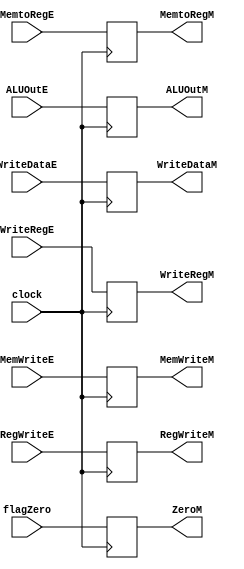
module EX_MEM(
    input wire clock,

    input wire RegWriteE,
    input wire MemtoRegE,
    input wire MemWriteE,
    input wire flagZero,
    input wire [31:0] ALUOutE,
    input wire [31:0] WriteDataE,
    input wire [4:0] WriteRegE,

    output reg RegWriteM,
    output reg MemtoRegM,
    output reg MemWriteM,
    output reg ZeroM,
    output reg [31:0] ALUOutM,
    output reg [31:0] WriteDataM,
    output reg [4:0] WriteRegM
);

    always @ (posedge clock)
        begin
            RegWriteM <= RegWriteE;
            MemtoRegM <= MemtoRegE;
            MemWriteM <= MemWriteE;
            ZeroM <= flagZero;
            ALUOutM <= ALUOutE;
            WriteDataM <= WriteDataE;
            WriteRegM <= WriteRegE;
        end

endmodule